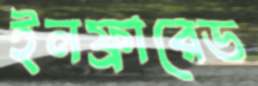
ইনফ্রারেড